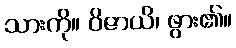
သားကို။ ဝိဇာယိ၊ ဖွား၏။